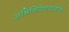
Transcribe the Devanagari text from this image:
अभिनिवेशवादाचे